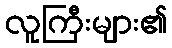
လူကြီးများ၏